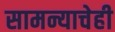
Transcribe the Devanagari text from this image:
सामन्याचेही